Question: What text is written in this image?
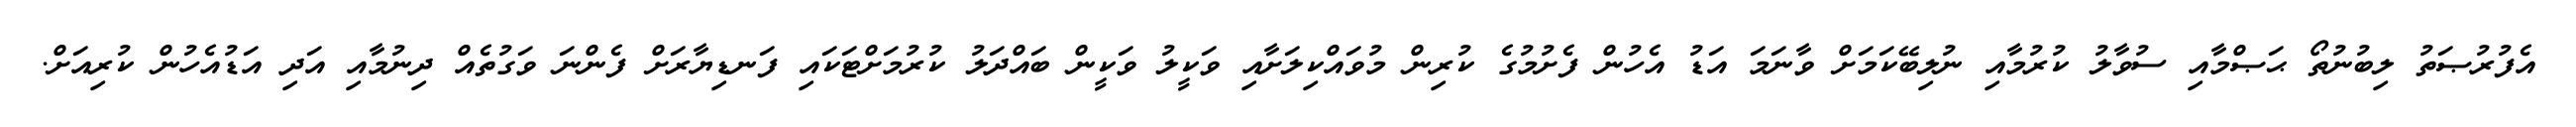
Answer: އެފުރުޞަތު ލިބުނުތޯ ޙަޞްމާއި ސުވާލު ކުރުމާއި ނުލިބޭކަމަށް ވާނަމަ އަޑު އެހުން ފެށުމުގެ ކުރިން މުވައްކިލަށާއި ވަކީލު ވަކީން ބައްދަލު ކުރުމަށްޓަކައި ފަނޑިޔާރަށް ފެންނަ ވަގުތެއް ދިނުމާއި އަދި އަޑުއެހުން ކުރިއަށް.